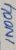
Text: IN004